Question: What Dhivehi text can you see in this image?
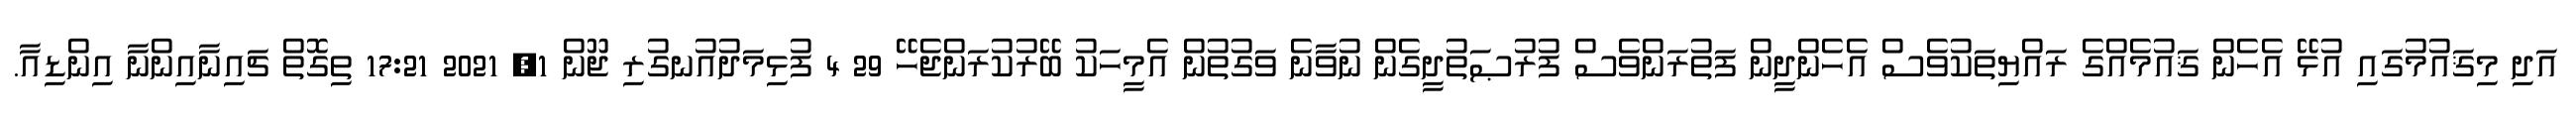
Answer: އަދި މިޤައުމުގައި އުޅޭ އެހެން ޤައުމެއްގެ ރައްޔިތަކުވެސް އެހެންދީން ފަތުރަންވެސް ފުރުޞަތުދީގެން ނުވާނެ ވަގުތުން އެމީހަކު ބޭރުކުރަންޖެހޭ 29 4 ފުޅިމަދުއުނގުރި ޖޫން 1, 2021 17:21 ތިގޮތް ޗައިނާއިންނާ އިންޑިއާ.